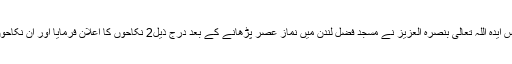
٭حضرت امیرالمومنین خلیفۃ المسیح الخامس ایدہ اللہ تعالی بنصرہ العزیز نے مسجد فضل لندن میں نمازِ عصر پڑھانے کے بعد درج ذیل2 نکاحوں کا اعلان فرمایا اور ان نکاحوں کے بابرکت ہونے کے لئے دعا کروائی۔